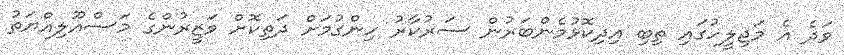
ވަދެ އެ މަޖިލީހުގައި ތިބި އިދިކޮޅުމެންބަރުން ސަރުކާރު ހިންގުމަށް ދަތިކޮށް ވަޒީރުންގެ މަސްއޫލިއްޔަތު